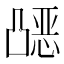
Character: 𰄗